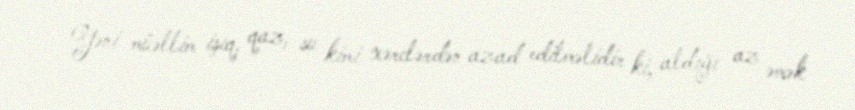
Yəni müəllim işıq, qaz, su kimi xərclərdən azad edilməlidir ki, aldığı az əmək